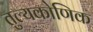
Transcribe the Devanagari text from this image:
तुल्यकोणिक